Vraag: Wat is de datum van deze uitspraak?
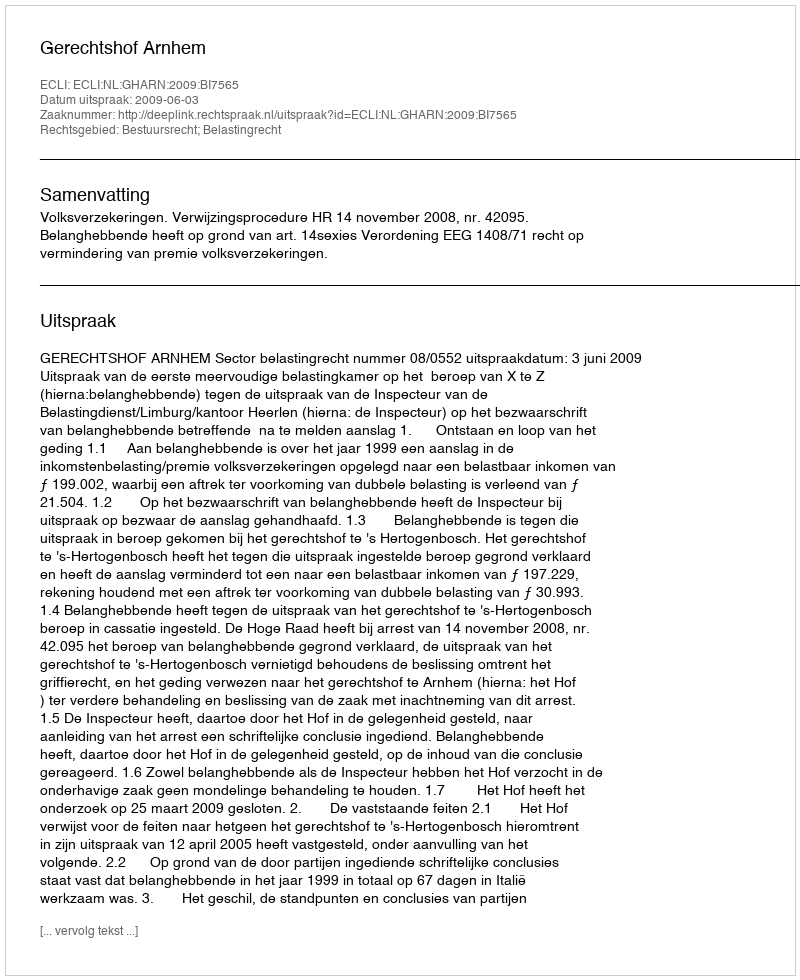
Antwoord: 2009-06-03